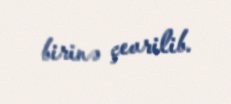
birinə çevrilib.